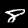
Label: 8